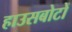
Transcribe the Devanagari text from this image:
हाउसबोटों